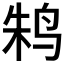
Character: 𱉫